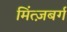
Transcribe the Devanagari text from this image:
मिंत्ज़बर्ग